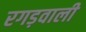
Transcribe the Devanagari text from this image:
रगड़वाली